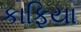
કાફિયા